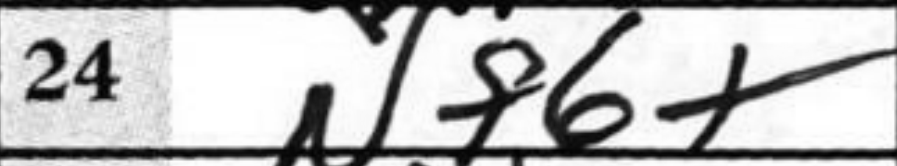
Transcription: Nf6+